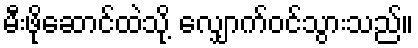
မီးဖိုဆောင်ထဲသို့ လျှောက်ဝင်သွားသည်။